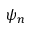
\psi _ { n }